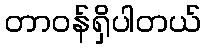
တာဝန်ရှိပါတယ်